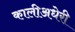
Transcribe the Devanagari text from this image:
कालीअधेरी